Civil Veterinary Department. Madras. Admin. report 1926-33 - 1926-1933
Year: 1926
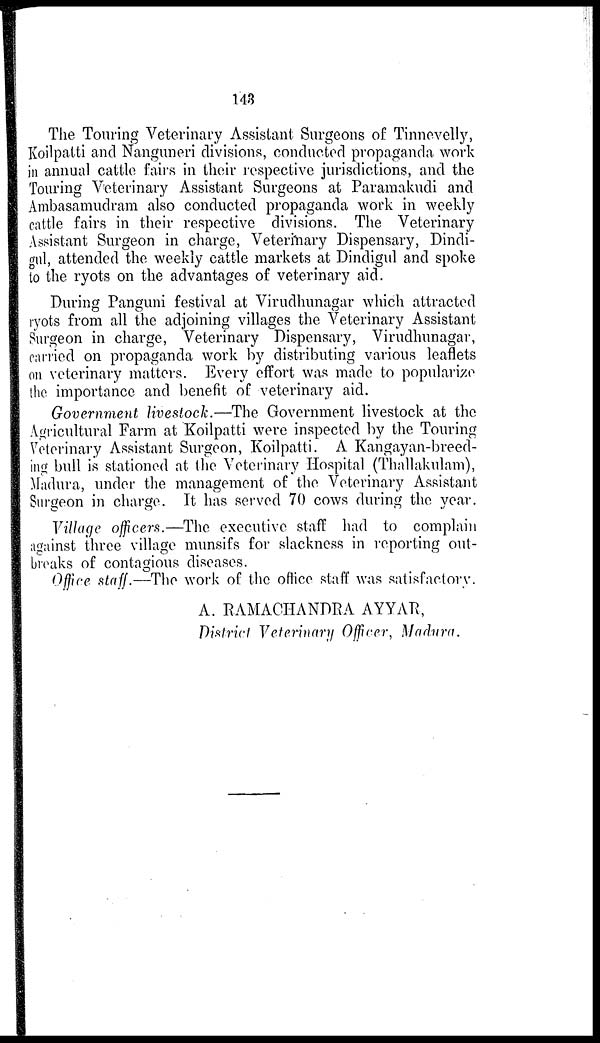
143
The Touring Veterinary Assistant Surgeons of Tinnevelly,
Koilpatti and Nanguneri divisions, conducted propaganda work
in annual cattle fairs in their respective jurisdictions, and the
Touring Veterinary Assistant Surgeons at Paramakudi and
Ambasamudram also conducted propaganda work in weekly
cattle fairs in their respective divisions. The Veterinary
Assistant Surgeon in charge, Veterinary Dispensary, Dindi-
gul, attended the weekly cattle markets at Dindigul and spoke
to the ryots on the advantages of veterinary aid.
During Panguni festival at Virudhunagar which attracted
ryots from all the adjoining villages the Veterinary Assistant
Surgeon in charge, Veterinary Dispensary, Virudhunagar,
carried on propaganda work by distributing various leaflets
on veterinary matters. Every effort was made to popularize
the importance and benefit of veterinary aid.
Government livestock.—The Government livestock at the
Agricultural Farm at Koilpatti were inspected by the Touring
Veterinary Assistant Surgeon, Koilpatti. A Kangayan-breed-
ing bull is stationed at the Veterinary Hospital (Thallakulam),
Madura, under the management of the Veterinary Assistant
Surgeon in charge. It has served 70 cows during the year.
Village officers.—The executive staff had to complain
against three village munsifs for slackness in reporting out-
breaks of contagious diseases.
Office staff.—The work of the office staff was satisfactory.
A. RAMACHANDRA AYYAR,
District Veterinary Officer, Madura.